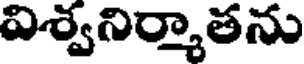
విశ్వనిర్మాతను